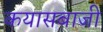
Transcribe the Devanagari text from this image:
कयासबाजी